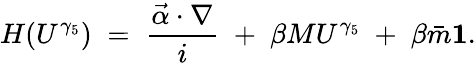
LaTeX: H(U^{\gamma_{5}})\; =\; \frac{\vec{\alpha}\cdot\nabla}{i}\; +\; \beta MU^{\gamma_{5}}\; +\; \beta\bar{m}{\mathbf 1}.